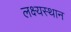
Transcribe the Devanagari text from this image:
लक्ष्यस्थान